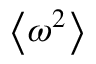
\left\langle \omega ^ { 2 } \right\rangle